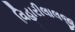
વિહારીલાલજી